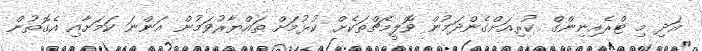
އަދި މި ޓްރެއިނިންގް ކުރިއަށްގެންދަމުން ވޮލީމެޗްތަކެށް ކުޅުމަށް ތައްޔާރުވަމުން އަންނަ ކަމަށާއި އެގޮތުން